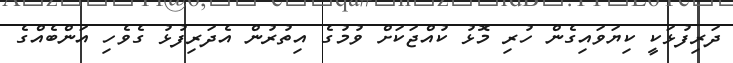
ދަރިފުޅަކީ ކިޔަވައިގެން ހުރި މޮޅު ކުއްޖަކަށް ވުމުގެ އިތުރުން އެދަރިފުޅު ގެވެހި އަންބެއްގެ